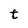
Character: t